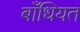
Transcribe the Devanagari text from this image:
बाँधियत